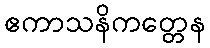
ဧကာသနိကတ္တေန